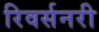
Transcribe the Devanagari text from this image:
रिवर्सनरी